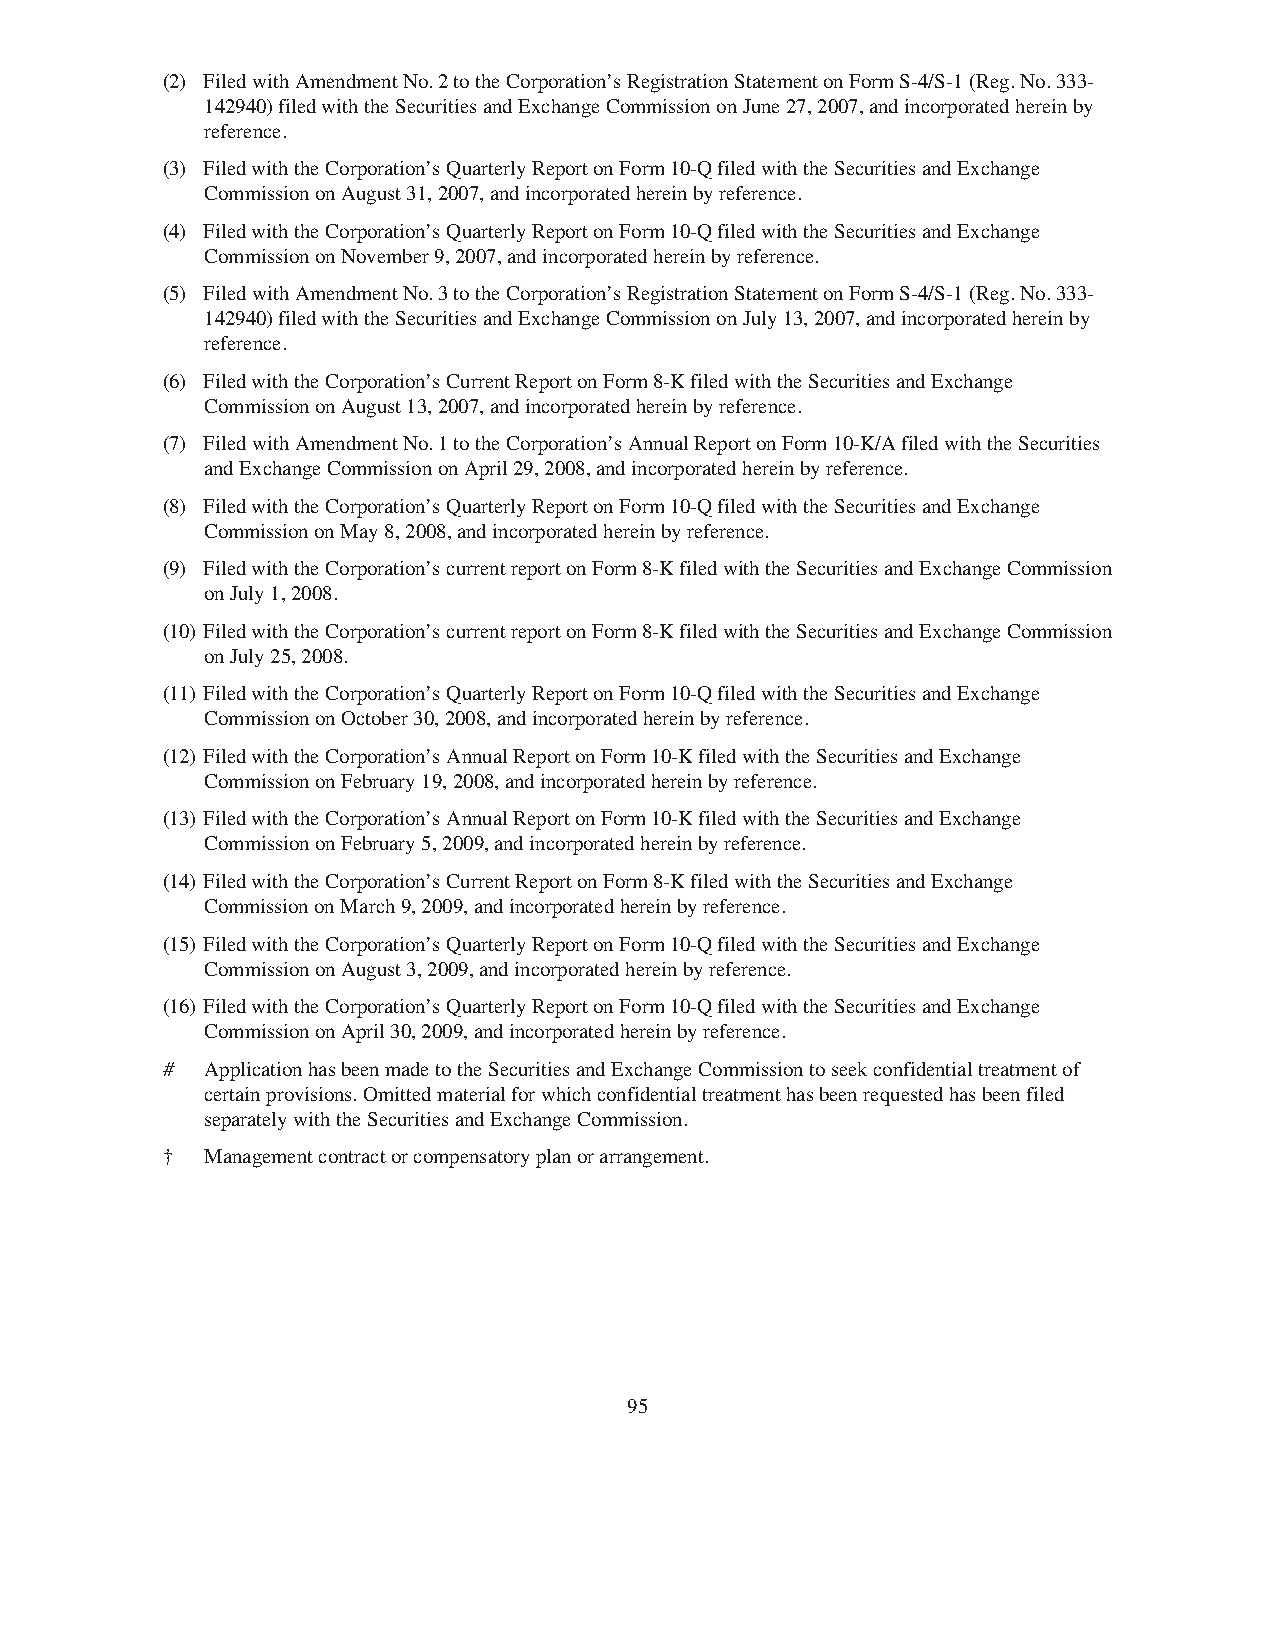
(2) FiledwithAmendmentNo.2totheCorporation’sRegistrationStatementonFormS-4/S-1(Reg.No.333-
 142940)filedwiththeSecuritiesandExchangeCommissiononJune27,2007,andincorporatedhereinby
 reference.
 (3) FiledwiththeCorporation’sQuarterlyReportonForm10-QfiledwiththeSecuritiesandExchange
 CommissiononAugust31,2007,andincorporatedhereinbyreference.
 (4) FiledwiththeCorporation’sQuarterlyReportonForm10-QfiledwiththeSecuritiesandExchange
 CommissiononNovember9,2007,andincorporatedhereinbyreference.
 (5) FiledwithAmendmentNo.3totheCorporation’sRegistrationStatementonFormS-4/S-1(Reg.No.333-
 142940)filedwiththeSecuritiesandExchangeCommissiononJuly13,2007,andincorporatedhereinby
 reference.
 (6) FiledwiththeCorporation’sCurrentReportonForm8-KfiledwiththeSecuritiesandExchange
 CommissiononAugust13,2007,andincorporatedhereinbyreference.
 (7) FiledwithAmendmentNo.1totheCorporation’sAnnualReportonForm10-K/AfiledwiththeSecurities
 andExchangeCommissiononApril29,2008,andincorporatedhereinbyreference.
 (8) FiledwiththeCorporation’sQuarterlyReportonForm10-QfiledwiththeSecuritiesandExchange
 CommissiononMay8,2008,andincorporatedhereinbyreference.
 (9) FiledwiththeCorporation’scurrentreportonForm8-KfiledwiththeSecuritiesandExchangeCommission
 onJuly1,2008.
 (10) FiledwiththeCorporation’scurrentreportonForm8-KfiledwiththeSecuritiesandExchangeCommission
 onJuly25,2008.
 (11) FiledwiththeCorporation’sQuarterlyReportonForm10-QfiledwiththeSecuritiesandExchange
 CommissiononOctober30,2008,andincorporatedhereinbyreference.
 (12) FiledwiththeCorporation’sAnnualReportonForm10-KfiledwiththeSecuritiesandExchange
 CommissiononFebruary19,2008,andincorporatedhereinbyreference.
 (13) FiledwiththeCorporation’sAnnualReportonForm10-KfiledwiththeSecuritiesandExchange
 CommissiononFebruary5,2009,andincorporatedhereinbyreference.
 (14) FiledwiththeCorporation’sCurrentReportonForm8-KfiledwiththeSecuritiesandExchange
 CommissiononMarch9,2009,andincorporatedhereinbyreference.
 (15) FiledwiththeCorporation’sQuarterlyReportonForm10-QfiledwiththeSecuritiesandExchange
 CommissiononAugust3,2009,andincorporatedhereinbyreference.
 (16) FiledwiththeCorporation’sQuarterlyReportonForm10-QfiledwiththeSecuritiesandExchange
 CommissiononApril30,2009,andincorporatedhereinbyreference.
 #  ApplicationhasbeenmadetotheSecuritiesandExchangeCommissiontoseekconfidentialtreatmentof
 certainprovisions.Omittedmaterialforwhichconfidentialtreatmenthasbeenrequestedhasbeenfiled
 separatelywiththeSecuritiesandExchangeCommission.
 †  Managementcontractorcompensatoryplanorarrangement.
 95